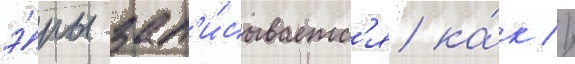
э́ры зап'и́сываетс'я ка́к //